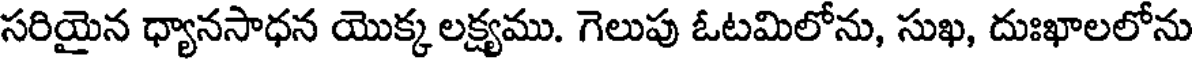
సరియైన ధ్యానసాధన యొక్క లక్ష్యము. గెలుపు ఓటమిలోను, సుఖ, దుఃఖాలలోను